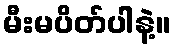
မီးမပိတ်ပါနဲ့။